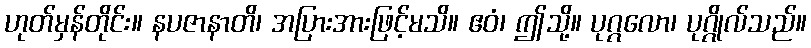
ဟုတ်မှန်တိုင်း။ နပဇာနာတိ၊ အပြားအားဖြင့်မသိ။ ဧဝံ၊ ဤသို့။ ပုဂ္ဂလော၊ ပုဂ္ဂိုလ်သည်။